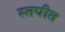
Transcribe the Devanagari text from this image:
स्तपीत